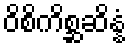
ဝိစိကိစ္ဆဆိန္နံ